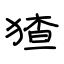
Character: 猹